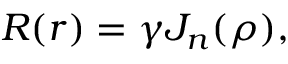
R ( r ) = \gamma J _ { n } ( \rho ) ,